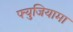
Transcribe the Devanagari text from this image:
फ्युजियामा